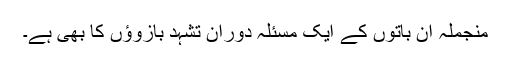
منجملہ ان باتوں کے ایک مسئلہ دوران تشہد بازوؤں کا بھی ہے۔